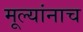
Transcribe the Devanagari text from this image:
मूल्यांनाच